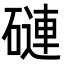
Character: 䃛